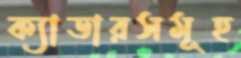
ক্যাডারসমূহ